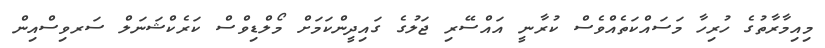
މިއިމާރާތުގެ ހުރިހާ މަސައްކަތެއްވެސް ކުރާނީ އައްސޭރި ޖަލުގެ ގައިދީންކަމަށް މޯލްޑިވްސް ކަރެކްޝަނަލް ސަރވިސްއިން